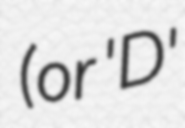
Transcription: (or  'D'